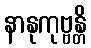
နာနုကုဗ္ဗန္တိ